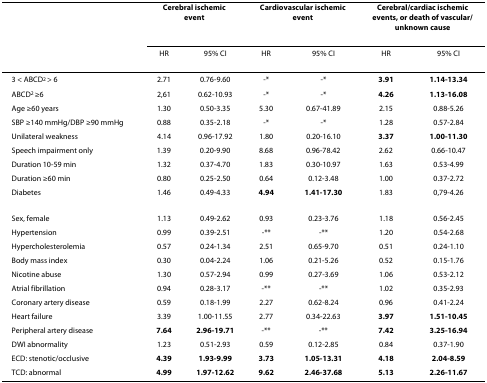
<table><thead><tr><td></td><td colspan="2"><b>Cerebral ischemic event</b></td><td colspan="2"><b>Cardiovascular ischemic event</b></td><td colspan="2"><b>Cerebral/cardiac ischemic events, or death of vascular/unknown cause</b></td></tr><tr><td></td><td><b>HR</b></td><td><b>95% CI</b></td><td><b>HR</b></td><td><b>95% CI</b></td><td><b>HR</b></td><td><b>95% CI</b></td></tr></thead><tbody><tr><td>3 &lt; ABCD<sup>2 </sup>&gt; 6</td><td>2.71</td><td>0.76-9.60</td><td>-*</td><td>-*</td><td><b>3.91</b></td><td><b>1.14-13.34</b></td></tr><tr><td>ABCD<sup>2 </sup>≥6</td><td>2,61</td><td>0.62-10.93</td><td>-*</td><td>-*</td><td><b>4.26</b></td><td><b>1.13-16.08</b></td></tr><tr><td>Age ≥60 years</td><td>1.30</td><td>0.50-3.35</td><td>5.30</td><td>0.67-41.89</td><td>2.15</td><td>0.88-5.26</td></tr><tr><td>SBP ≥140 mmHg/DBP ≥90 mmHg</td><td>0.88</td><td>0.35-2.18</td><td>-*</td><td>-*</td><td>1.28</td><td>0.57-2.84</td></tr><tr><td>Unilateral weakness</td><td>4.14</td><td>0.96-17.92</td><td>1.80</td><td>0.20-16.10</td><td><b>3.37</b></td><td><b>1.00-11.30</b></td></tr><tr><td>Speech impairment only</td><td>1.39</td><td>0.20-9.90</td><td>8.68</td><td>0.96-78.42</td><td>2.62</td><td>0.66-10.47</td></tr><tr><td>Duration 10-59 min</td><td>1.32</td><td>0.37-4.70</td><td>1.83</td><td>0.30-10.97</td><td>1.63</td><td>0.53-4.99</td></tr><tr><td>Duration ≥60 min</td><td>0.80</td><td>0.25-2.50</td><td>0.64</td><td>0.12-3.48</td><td>1.00</td><td>0.37-2.72</td></tr><tr><td>Diabetes</td><td>1.46</td><td>0.49-4.33</td><td><b>4.94</b></td><td><b>1.41-17.30</b></td><td>1.83</td><td>0,79-4.26</td></tr><tr><td>Sex, female</td><td>1.13</td><td>0.49-2.62</td><td>0.93</td><td>0.23-3.76</td><td>1.18</td><td>0.56-2.45</td></tr><tr><td>Hypertension</td><td>0.99</td><td>0.39-2.51</td><td>-**</td><td>-**</td><td>1.20</td><td>0.54-2.68</td></tr><tr><td>Hypercholesterolemia</td><td>0.57</td><td>0.24-1.34</td><td>2.51</td><td>0.65-9.70</td><td>0.51</td><td>0.24-1.10</td></tr><tr><td>Body mass index</td><td>0.30</td><td>0.04-2.24</td><td>1.06</td><td>0.21-5.26</td><td>0.52</td><td>0.15-1.76</td></tr><tr><td>Nicotine abuse</td><td>1.30</td><td>0.57-2.94</td><td>0.99</td><td>0.27-3.69</td><td>1.06</td><td>0.53-2.12</td></tr><tr><td>Atrial fibrillation</td><td>0.94</td><td>0.28-3.17</td><td>-**</td><td>-**</td><td>1.02</td><td>0.35-2.93</td></tr><tr><td>Coronary artery disease</td><td>0.59</td><td>0.18-1.99</td><td>2.27</td><td>0.62-8.24</td><td>0.96</td><td>0.41-2.24</td></tr><tr><td>Heart failure</td><td>3.39</td><td>1.00-11.55</td><td>2.77</td><td>0.34-22.63</td><td><b>3.97</b></td><td><b>1.51-10.45</b></td></tr><tr><td>Peripheral artery disease</td><td><b>7.64</b></td><td><b>2.96-19.71</b></td><td>-**</td><td>-**</td><td><b>7.42</b></td><td><b>3.25-16.94</b></td></tr><tr><td>DWI abnormality</td><td>1.23</td><td>0.51-2.93</td><td>0.59</td><td>0.12-2.85</td><td>0.84</td><td>0.37-1.90</td></tr><tr><td>ECD: stenotic/occlusive</td><td><b>4.39</b></td><td><b>1.93-9.99</b></td><td><b>3.73</b></td><td><b>1.05-13.31</b></td><td><b>4.18</b></td><td><b>2.04-8.59</b></td></tr><tr><td>TCD: abnormal</td><td><b>4.99</b></td><td><b>1.97-12.62</b></td><td><b>9.62</b></td><td><b>2.46-37.68</b></td><td><b>5.13</b></td><td><b>2.26-11.67</b></td></tr></tbody></table>